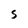
Character: s